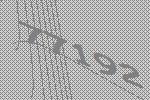
77192